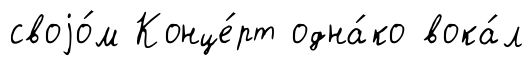
своjо́м Конце́рт одна́ко вока́л